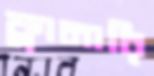
ফ্লানারি